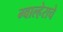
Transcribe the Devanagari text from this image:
ग्वाल्हेराचे